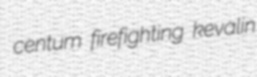
centum firefighting kevalin